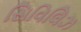
સિવિલિઝ